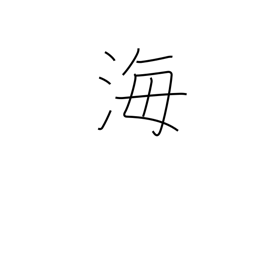
Meaning: ocean